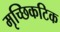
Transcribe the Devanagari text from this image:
मृच्छिकटिक